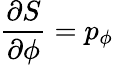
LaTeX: {\frac{\partial S}{\partial\phi}}=p_{\phi}